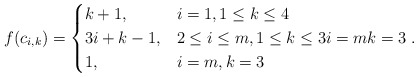
\begin{align*}f(c_{i,k}) &=\begin{cases}k+1, & i=1, 1 \leq k \leq 4\\ 3i+k-1, & 2 \leq i \leq m, 1 \leq k \leq 3 i=m k=3\\1, & i=m, k=3 \end{cases}.\end{align*}